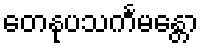
တေနုပသင်္ကမန္တော